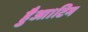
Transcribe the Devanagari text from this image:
हैुआ।टिम